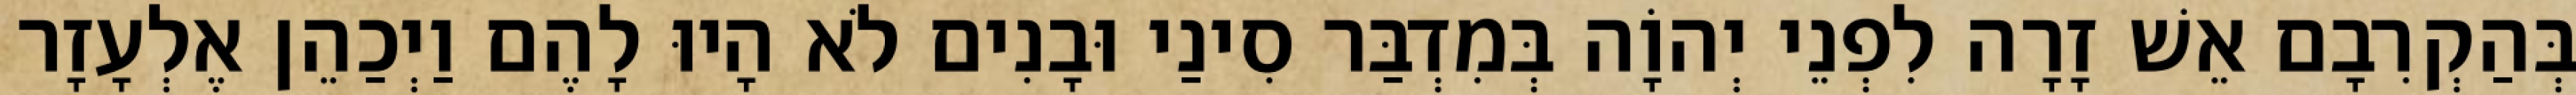
בְּהַקְרִבָם אֵשׁ זָרָה לִפְנֵי יְהוָֹה בְּמִדְבַּר סִינַי וּבָנִים לֹא הָיוּ לָהֶם וַיְכַהֵן אֶלְעָזָר